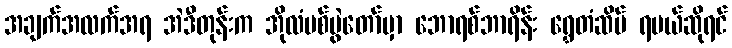
အချက်အလက်အရ အဲဒီတုန်းက အိုလံပစ်ပွဲတော်မှာ ဘောရစ်ဘာရိန်း ရွှေတံဆိပ် ရမယ်ဆိုရင်